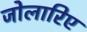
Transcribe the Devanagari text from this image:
जोलारिए